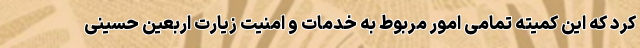
کرد که این کمیته تمامی امور مربوط به خدمات و امنیت زیارت اربعین حسینی